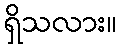
ရှိသလား။